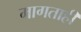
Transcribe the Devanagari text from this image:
मागताही